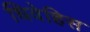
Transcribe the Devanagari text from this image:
धिवेहिस